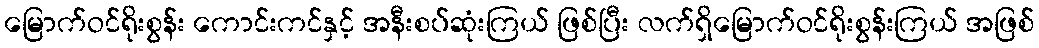
မြောက်ဝင်ရိုးစွန်း ကောင်းကင်နှင့် အနီးစပ်ဆုံးကြယ် ဖြစ်ပြီး လက်ရှိမြောက်ဝင်ရိုးစွန်းကြယ် အဖြစ်